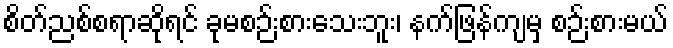
စိတ်ညစ်စရာဆိုရင် ခုမစဉ်းစားသေးဘူး၊ နက်ဖြန်ကျမှ စဉ်းစားမယ်